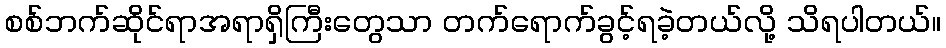
စစ်ဘက်ဆိုင်ရာအရာရှိကြီးတွေသာ တက်ရောက်ခွင့်ရခဲ့တယ်လို့ သိရပါတယ်။